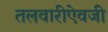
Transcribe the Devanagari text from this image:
तलवारीऐवजी